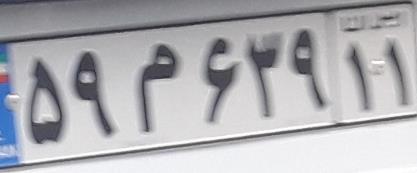
۵۹م۶۳۹۱۱